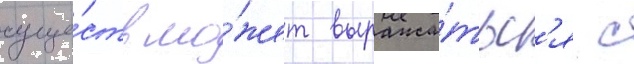
суще́ств мо́жет выража́тьс'я с